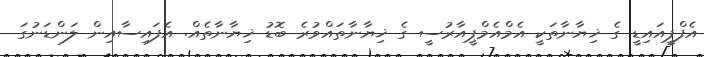
އެފްޕީއައިޑީ ގެ ޚިޔާނާތަކީ އެމްއެމްޕީއާރުސީ ގެ ޚިޔާނާތައްވުރެ ބޮޑު ޚިޔާނާތެއް. އެފައިސާއިން ލަންޑަނުގަ